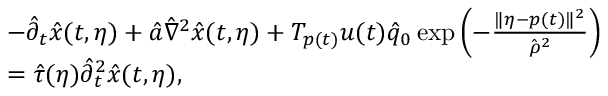
\begin{array} { r l } & { - \hat { \partial } _ { t } \hat { x } ( t , \eta ) + \hat { a } \hat { \nabla } ^ { 2 } \hat { x } ( t , \eta ) + T _ { p ( t ) } u ( t ) \hat { q } _ { 0 } \exp \left( - \frac { \Vert \eta - p ( t ) \Vert ^ { 2 } } { \hat { \rho } ^ { 2 } } \right) } \\ & { = \hat { \tau } ( \eta ) \hat { \partial } _ { t } ^ { 2 } \hat { x } ( t , \eta ) , } \end{array}